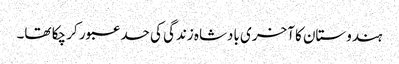
ہندوستان کا آخری بادشاہ زندگی کی حد عبور کر چکا تھا۔